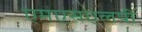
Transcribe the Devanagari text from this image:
एमएसएलपी